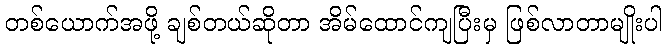
တစ်ယောက်အဖို့ ချစ်တယ်ဆိုတာ အိမ်ထောင်ကျပြီးမှ ဖြစ်လာတာမျိုးပါ